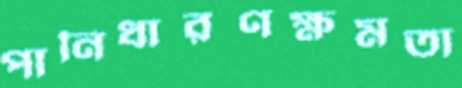
পানিধারণক্ষমতা